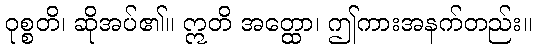
ဝုစ္စတိ၊ ဆိုအပ်၏။ ဣတိ အတ္ထော၊ ဤကားအနက်တည်း။